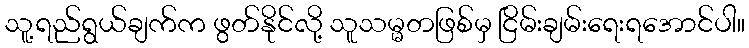
သူ့ရည်ရွယ်ချက်က ဖွတ်နိုင်လို့ သူသမ္မတဖြစ်မှ ငြိမ်းချမ်းရေးရအောင်ပါ။